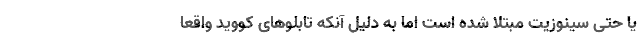
یا حتی سینوزیت مبتلا شده است اما به دلیل آنکه تابلوهای کووید واقعا